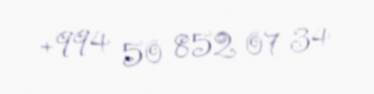
+994 50 852 07 34